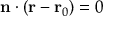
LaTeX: \mathbf { n } \cdot ( \mathbf { r } - \mathbf { r } _ { 0 } ) = 0